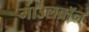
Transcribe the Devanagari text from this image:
माउलब्रॉन